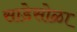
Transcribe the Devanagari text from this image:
साडेसोळा